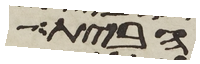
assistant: הבית